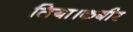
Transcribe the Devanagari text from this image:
लिया।कबीर